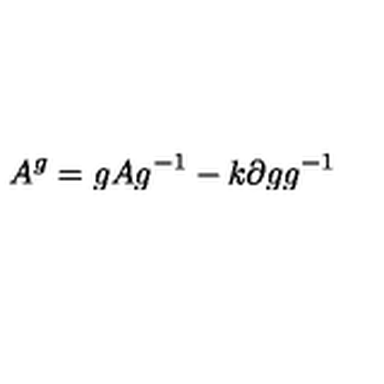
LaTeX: A ^ { g } = g A g ^ { - 1 } - k \partial g g ^ { - 1 }